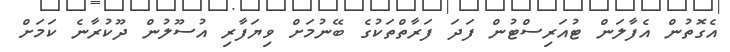
އެގޮތުން އެފާލަން ޓުއަރިސްޓުން ފަދަ ފަރާތްތަކުގެ ބޭނުމަށް ވިޔަފާރި އުސޫލުން ދޫކުރާނެ ކަމަށް